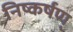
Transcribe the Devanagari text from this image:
निष्कर्षण्